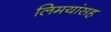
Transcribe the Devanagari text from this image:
लिमयांसह